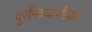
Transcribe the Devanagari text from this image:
दूरचित्रवाणीकडे